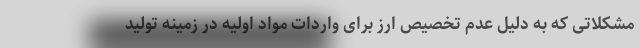
مشکلاتی که به دلیل عدم تخصیص ارز برای واردات مواد اولیه در زمینه تولید